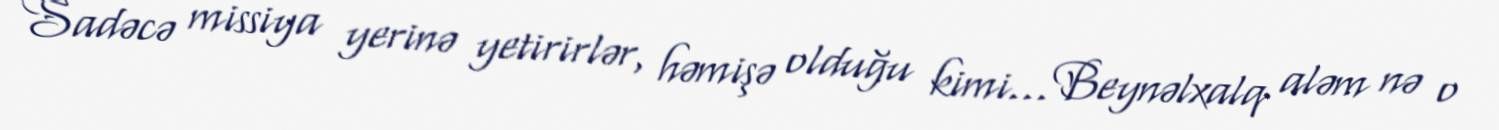
Sadəcə missiya yerinə yetirirlər, həmişə olduğu kimi... Beynəlxalq aləm nə o